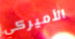
الأميركي